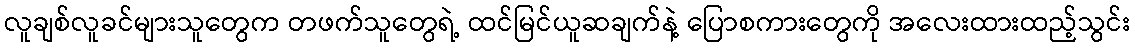
လူချစ်လူခင်များသူတွေက တဖက်သူတွေရဲ့ ထင်မြင်ယူဆချက်နဲ့ ပြောစကားတွေကို အလေးထားထည့်သွင်း